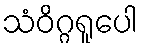
သံဝိဂ္ဂရူပေါ